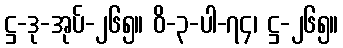
ဋ္ဌ-ဒု-အုပ်-၂၆၅။ ဝိ-၃-ပါ-၇၄၊ ဋ္ဌ-၂၆၅။